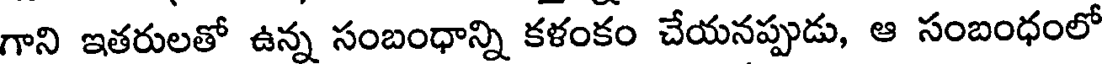
గాని ఇతరులతో ఉన్న సంబంధాన్ని కళంకం చేయనప్పుడు, ఆ సంబంధంలో